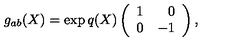
g _ { a b } ( X ) = \exp { q ( X ) } \left( \begin{array} { c r } { 1 } & { 0 } \\ { 0 } & { - 1 } \\ \end{array} \right) ,